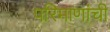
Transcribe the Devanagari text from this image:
परिमाणांची